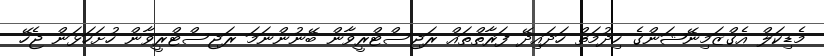
މެޑިކަލް އެގްޒަމިނޭޝަންގެ ހިދުމަތް ހަދައިދޭ ފަރާތްތައް ރަޖިސްޓްރީވާން ބޭނުންނަމަ ރަޖިސްޓްރީވާން ހުށަހަޅަން ޖެހޭ